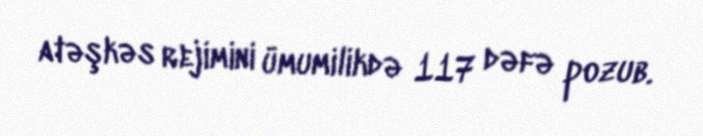
atəşkəs rejimini ümumilikdə 117 dəfə pozub.